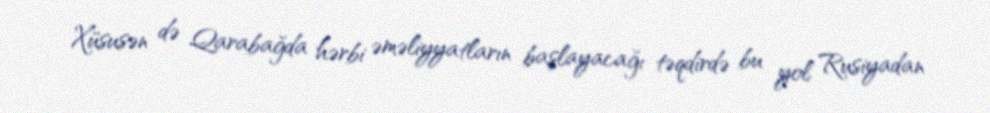
Xüsusən də Qarabağda hərbi əməliyyatların başlayacağı təqdirdə bu yol Rusiyadan